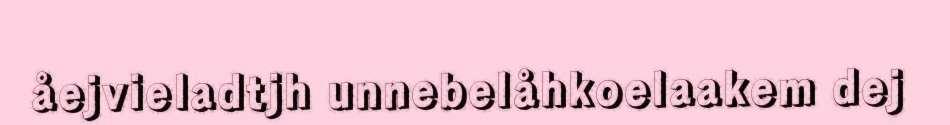
åejvieladtjh unnebelåhkoelaakem dej